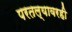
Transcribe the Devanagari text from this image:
परतल्यावरही